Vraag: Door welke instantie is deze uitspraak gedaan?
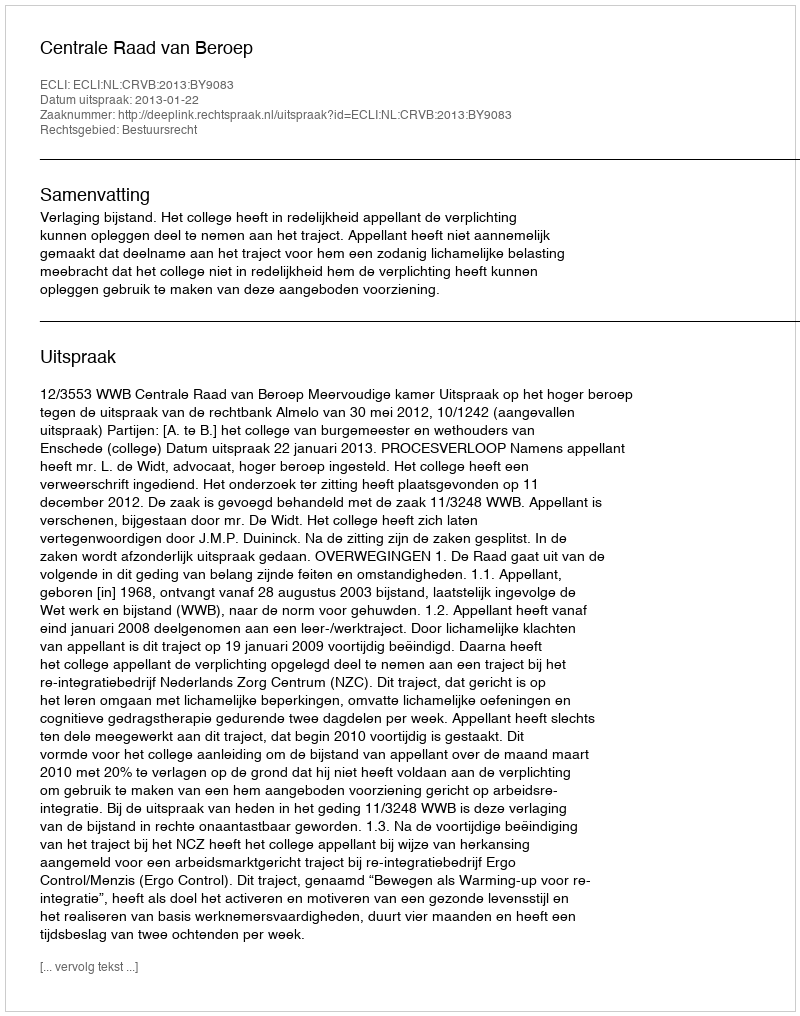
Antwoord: Centrale Raad van Beroep